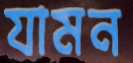
যামন